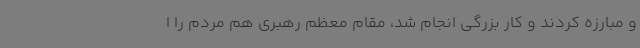
و مبارزه کردند و کار بزرگی انجام شد، مقام معظم رهبری هم مردم را ا